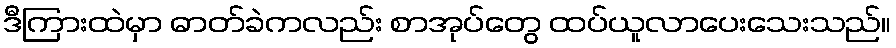
ဒီကြားထဲမှာ ဓာတ်ခဲကလည်း စာအုပ်တွေ ထပ်ယူလာပေးသေးသည်။